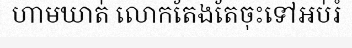
ហាមឃាត់ លោកតែងតែចុះទៅអប់រំ